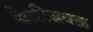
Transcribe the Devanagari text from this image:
केळीजवळ